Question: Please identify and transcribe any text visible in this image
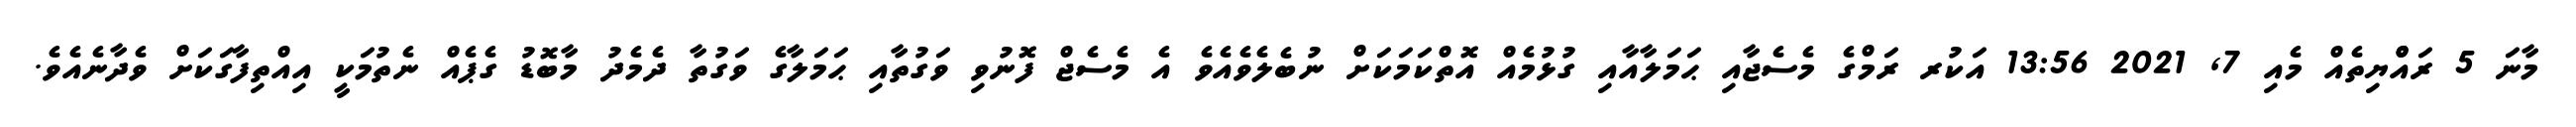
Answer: މާނަ 5 ރައްްޔިތެއް މެއި 7, 2021 13:56 އަކުރ ރަމްގެ މެސެޖާއި ޙަމަލާއާއި ގުޅުމެއް އޮތްކަމަކަށް ނުބެލެވެއެވެ އެ މެސެޖް ފޮނުވި ވަގުތާއި ޙަމަލާގެ ވަގުތާ ދެމެދު މާބޮޑު ގެޕެއް ނެތުމަކީ އިއްތިފާގަކަށް ވެދާނެއެވެ.